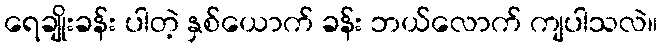
ရေချိုးခန်း ပါတဲ့ နှစ်ယောက် ခန်း ဘယ်လောက် ကျပါသလဲ။